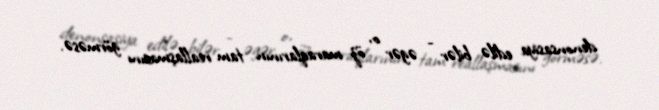
denonsasiya edilə bilər - əgər o, öz maraqlarının tam reallaşmasını görməsə.